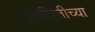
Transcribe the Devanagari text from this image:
वृत्तचित्तीच्या